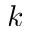
k